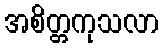
အစိတ္တကုသလာ